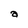
Character: a